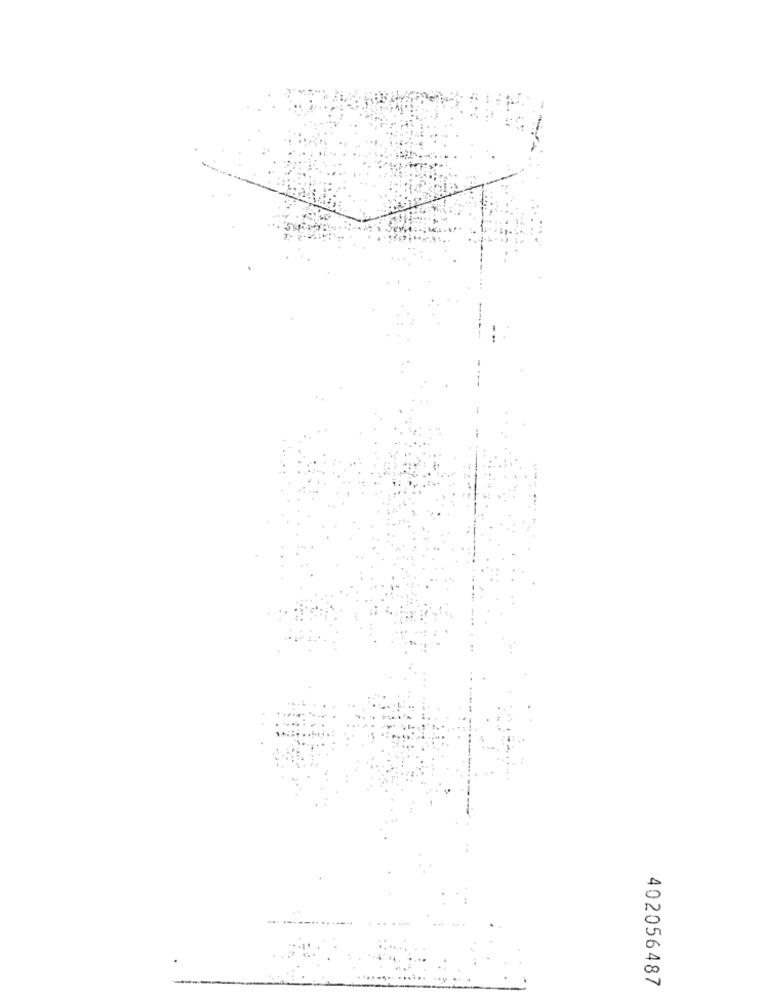
402056487